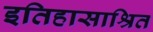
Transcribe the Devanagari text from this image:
इतिहासाश्रित